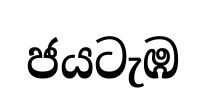
ජයටැඹ